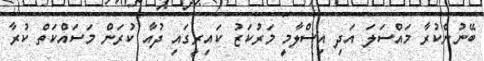
ބޭނުންކުރާ މައްސަލަ އަދި އިސްލާމީ މަރުކަޒު ކައިރީގައި ދުއާ ކުރަން މަސައްކަތް ކުރާ